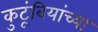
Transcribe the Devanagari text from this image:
कुटूंबियांच्या